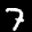
Label: 7